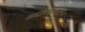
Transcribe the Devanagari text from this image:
एप्रोप्र्रिएशन